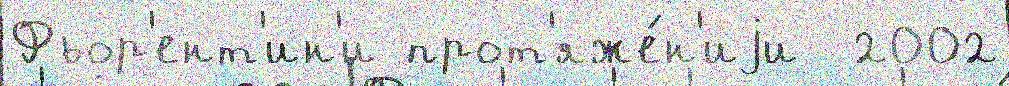
Фьор'ент'ин'и прот'яже́н'иjи  2002